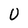
Character: U